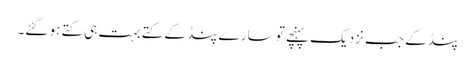
پنڈ کے جب نزدیک پہنچے تو سارے پنڈ کے کتے بہت ہی کتے ہو گئے۔